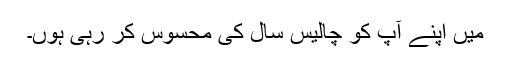
میں اپنے آپ کو چالیس سال کی محسوس کر رہی ہوں۔